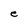
Character: e